Annual report of the Punjab Veterinary College and of the Civil Veterinary Department, Punjab - 1894-1908
Year: 1894
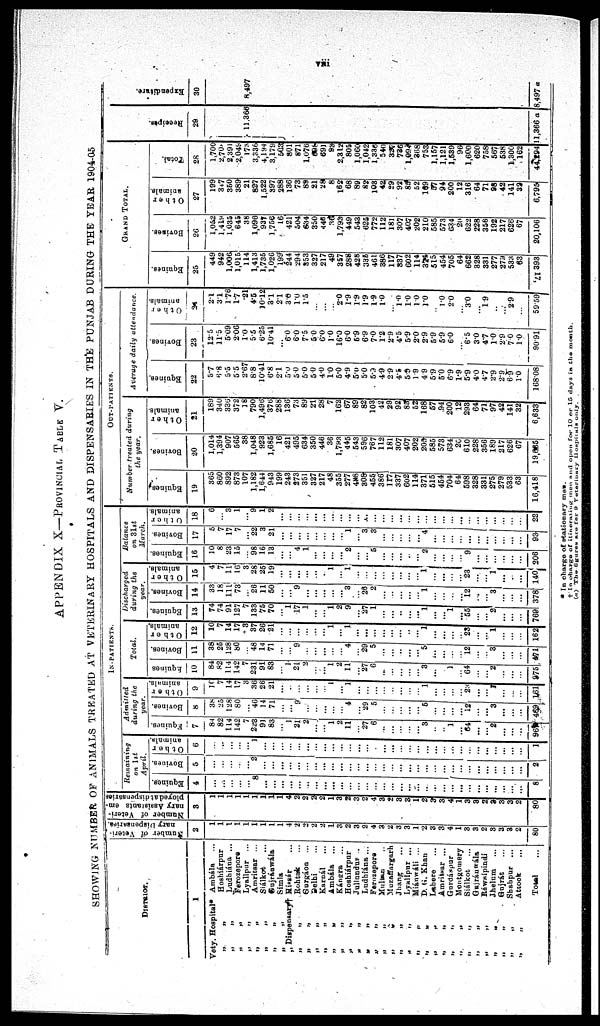
viii
APPENDIX X—PROVINCIAL TABLE V.
SHOWING NUMBER OF ANIMALS TREATED AT VETERINARY HOSPITALS AND DISPENSARIES IN THE PUNJAB DURING THE YEAR 1904-05
DISTRICT.
1
Vety. Hospital
Ambála ...
„
„
Hoshiárpur
„ „
Ludhiána ...
„ „
Ferozepora
„
„
Lyallpur ...
„ „
Amritsar ...
„ „
Siálkot ...
„
„
Gujráuwála
„ „
Simla
„ Dispensary† Hissár ...
„ „
Rohtask ...
„ „
Gurgáon ...
„ „
Delhi ...
„
„
Karnál ...
„
„
Ambála ...
„ „
Kangra ...
„ „
Hoshiárpur
„ „
Jullundur
..
„ „
Ludhiána ...
„ „
Ferozepora
„ „ Multan ..
„
„
Muzaffargarh
„ „ „
Jhang ...
„
„
Lyallpur ...
„
„
Miánwáli ...
„
„
D. G. Khan
„
„
Lahore ...
„
„
Amritsar ...
„
„
Gurdáspur
„
„
Montgomery
„
„
Siálkot
...
„
„
Gujráuwáls.
„
„
Ráwalpindi
„
„
Jhelum ...
„
„
Gujrát ...
„
„
Shabpur ...
„
„
Attook ...
Total ...
Number
of Veteri-
nary Dispensaries.
2
1
1
1
1
1
1
1
1
1
4
2
2
2
2
1
3
2
3
2
4
3
2
3
3
1
2
3
3
4
1
3
3
2
3
3
3
2
80
Number of Veteri-
nary Assistants em-
ployed
at dispensaries
3
1
1
1
1
1
1
1
1
1
4
2
2
2
2
1
3
2
3
2
4
3
2
3
3
1
2
3
3
4
1
3
3
2
3
3
3
2
80
IN-PATIENTS.
Remaining
on 1st
April.
Equines.
4
...
...
...
...
...
8
...
...
...
...
...
...
...
...
...
...
...
...
...
...
...
...
...
...
...
...
...
...
...
...
...
...
...
...
...
...
...
8
Bovines.
5
...
...
...
...
...
2
...
...
...
...
...
...
...
...
...
...
...
...
...
...
...
...
...
...
...
...
...
...
...
...
...
...
...
...
...
...
...
2
Other
animals.
6
...
...
...
...
...
1
...
...
...
...
...
...
...
...
...
...
...
...
...
...
...
...
...
...
...
...
...
...
...
...
...
...
......
...
...
...
...
1
Admitted
during the
year.
Equines.
7
84
82
114
142
7
223
91
83
...
1
21
2
...
...
1
2
11
...
27
6
...
......
...
...
...
3
...
...
1
...
64
...
...
2
...
...
...
96
Bovines.
8
38
28
128
80
...
46
14
71
...
...
9
...
...
...
...
...
4
...
29
5
...
...
...
...
...
5
...
...
...
...
12
...
3
...
...
...
469
Other
animals.
9
10
7
14
17
3
36
26
21
...
...
...
...
...
...
1
...
1
...
...
...
...
...
...
...
...
1
...
...
...
...
23
...
1
...
...
161
Total.
Equines
10
84
82
114
142
7
231
91
83
...
1
21
2
...
...
1
2
11
...
27
6
...
...
...
...
...
3
...
...
1
...
64
...
...
2
...
...
...
975
Bovines.
11
38
26
128
80
...
48
14
71
...
...
9
...
...
...
...
...
4
...
29
5
...
...
...
...
...
5
......
...
...
...
12
...
...
3
...
...
...
471
Other
animals.
12
10
7
14
17
3
37
26
21
...
...
...
...
...
...
1
...
1
...
...
...
...
...
...
...
...
1
...
...
...
...
23
...
...
1
...
...
...
162
Discharged
during the
year.
Equines.
13
74
74
91
127
7
133
75
70
...
1
17
1
...
...
1
2
9
...
27
1
...
...
...
...
...
1
...
...
1
...
55
...
...
2
...
...
...
769
Bovines.
14
33
18
111
73
...
26
11
50
...
...
9
...
...
...
...
...
3
...
26
2
...
...
...
...
...
1
...
...
...
...
12
...
...
3
...
...
...
378
Other
animals.
15
4
7
11
16
3
28
25
19
...
...
...
...
...
...
1
...
1
...
...
...
...
...
...
...
...
l
...
...
... 23
...
...
1
...
...
...
140
Balance
on 31st
March.
Equines.
16
10
8
23
15
...
98
16
13
...
...
4
1
...
...
...
...
2
...
...
5
...
...
...
...
...
2
...
...
...
...
9
...
...
...
...
...
...
206
Bovines.
17
5
7
17
7
...
22
3
21
...
...
...
...
...
...
...
...
1
...
3
3
...
...
...
...
...
4
...
...
...
...
...
...
...
...
...
...
...
93
Other
animals.
18
6
...
3
1
...
9
1
2
...
...
...
...
...
...
...
...
...
...
......
...
...
...
...
...
...
...
...
...
...
...
...
...
...
...
...
...
...
22
OUT-PATIENTS.
Number treated
during
the year.
Equines
19
365
860
892
873
107
1,182
1,644
943
199
243
273
351
327
217
48
355
277
488
308
455
386
117
337
602
114
371
515
454
704
64
598
328
331
275
279
533
63
16,418
Bovines.
20
1,014
1,394
907
565
38
1,048
923
1,685
16
421
495
634
350
446
36
1,793
445
543
596
767
112
181
307
407
202
209
585
573
634
20
610
228
356
189
217
626
67
19,685
Other
animals.
21
189
346
336
372
18
790
1,496
37b
288
136
73
89
21
28
7
162
67
89
82
103
42
29
92 83
52
168
57
94
200
12
293
64
71
97
42
141
32
6,633
Average daily
attendance.
Equines.
22
5.7
6.8
5.5
5.5
2.67
8.8
10.41
6.8
2.1
5.0
5.0
5.0
5.0
4.0
1.0
5.0
4.9
5.0
5.0
5.9
4.9
2.9
4.5
5.9
1.9
4.9
5.9
5.0
6.9
1.9
5.9
4.0
47
2.9
2.9
6.9
1.0
168.08
Bovines.
23
12.5
11.5
5.09
2.06
1.0
5.5
6.25
10.41
...
6.0
6.0
7.5
5.0
6.0
10
16.0
6.0
5.9
6.9
7.0
1.2
2.9
4.5
5.9
2.0
2.9
5.9
5.9
6.0
...
6.5
3.0
47
10
2.9
7.0
1.0
90.91
Other
animals.
24
2.1
3.1
1.76
1.7
.21
4.5
10.12
3.1
2.1
3.0
1.0
1.5
...
...
...
2.0
1.9
1.9
1.9
1.9
1.0
...
1.0
1.0
1.0
1.0
...
1.0
2.0
...
3.0
...
1.9
...
...
2.9
...
59.59
GRAND TOTAL.
Equines.
25
449
942
1,006
1,015
114
1,413
1,735
1,026
199
244
294
353
327
217
49
357
288
428
335
461
386
117
337
602
114
374
515
454
705
64
662
328
331
277
279
533
63
21,393
Bovines.
26
1,052
1,419
1,035
643
38
1,096
937
1,756
16
421
504
634
350
446
36
1,793
449
543
625
772
112
181
307
40.7
202
210
585
573
634
20
622
228
356
192
217
626
67
20,106
Other
animals.
27
199
347
360
389
21
827
1,522
397
288
136
73
89
21
28
8
162
68
89
82
103
42
29
92
85
52
169
57
94
200
12
316
64
71
98
42
141
32
6,795
Total.
28
1,700
2,70
2,391
2,049
173
3,336
4,194
3,179
503
801
871
1,076
698
691
93
2,312
805
1,060
1,042
1,336
540
327
736
1,094
368
753
1,157
1,121
1,539
96
1,600
620
758
567
538
1,300
162
44,294
Recei pt s .
29
11,366
11,366 a
Expendi t
ur e.
30
8,497
8,497 a
* In charge of stationary men.
† In charge of itineraling men and open for 10 or 15 days in the mouth.
(a) The figures are for 9 Veterinary
Hospitals
only.